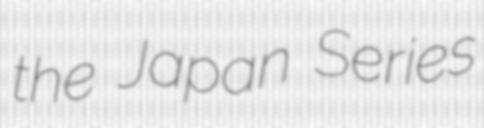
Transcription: the Japan Series